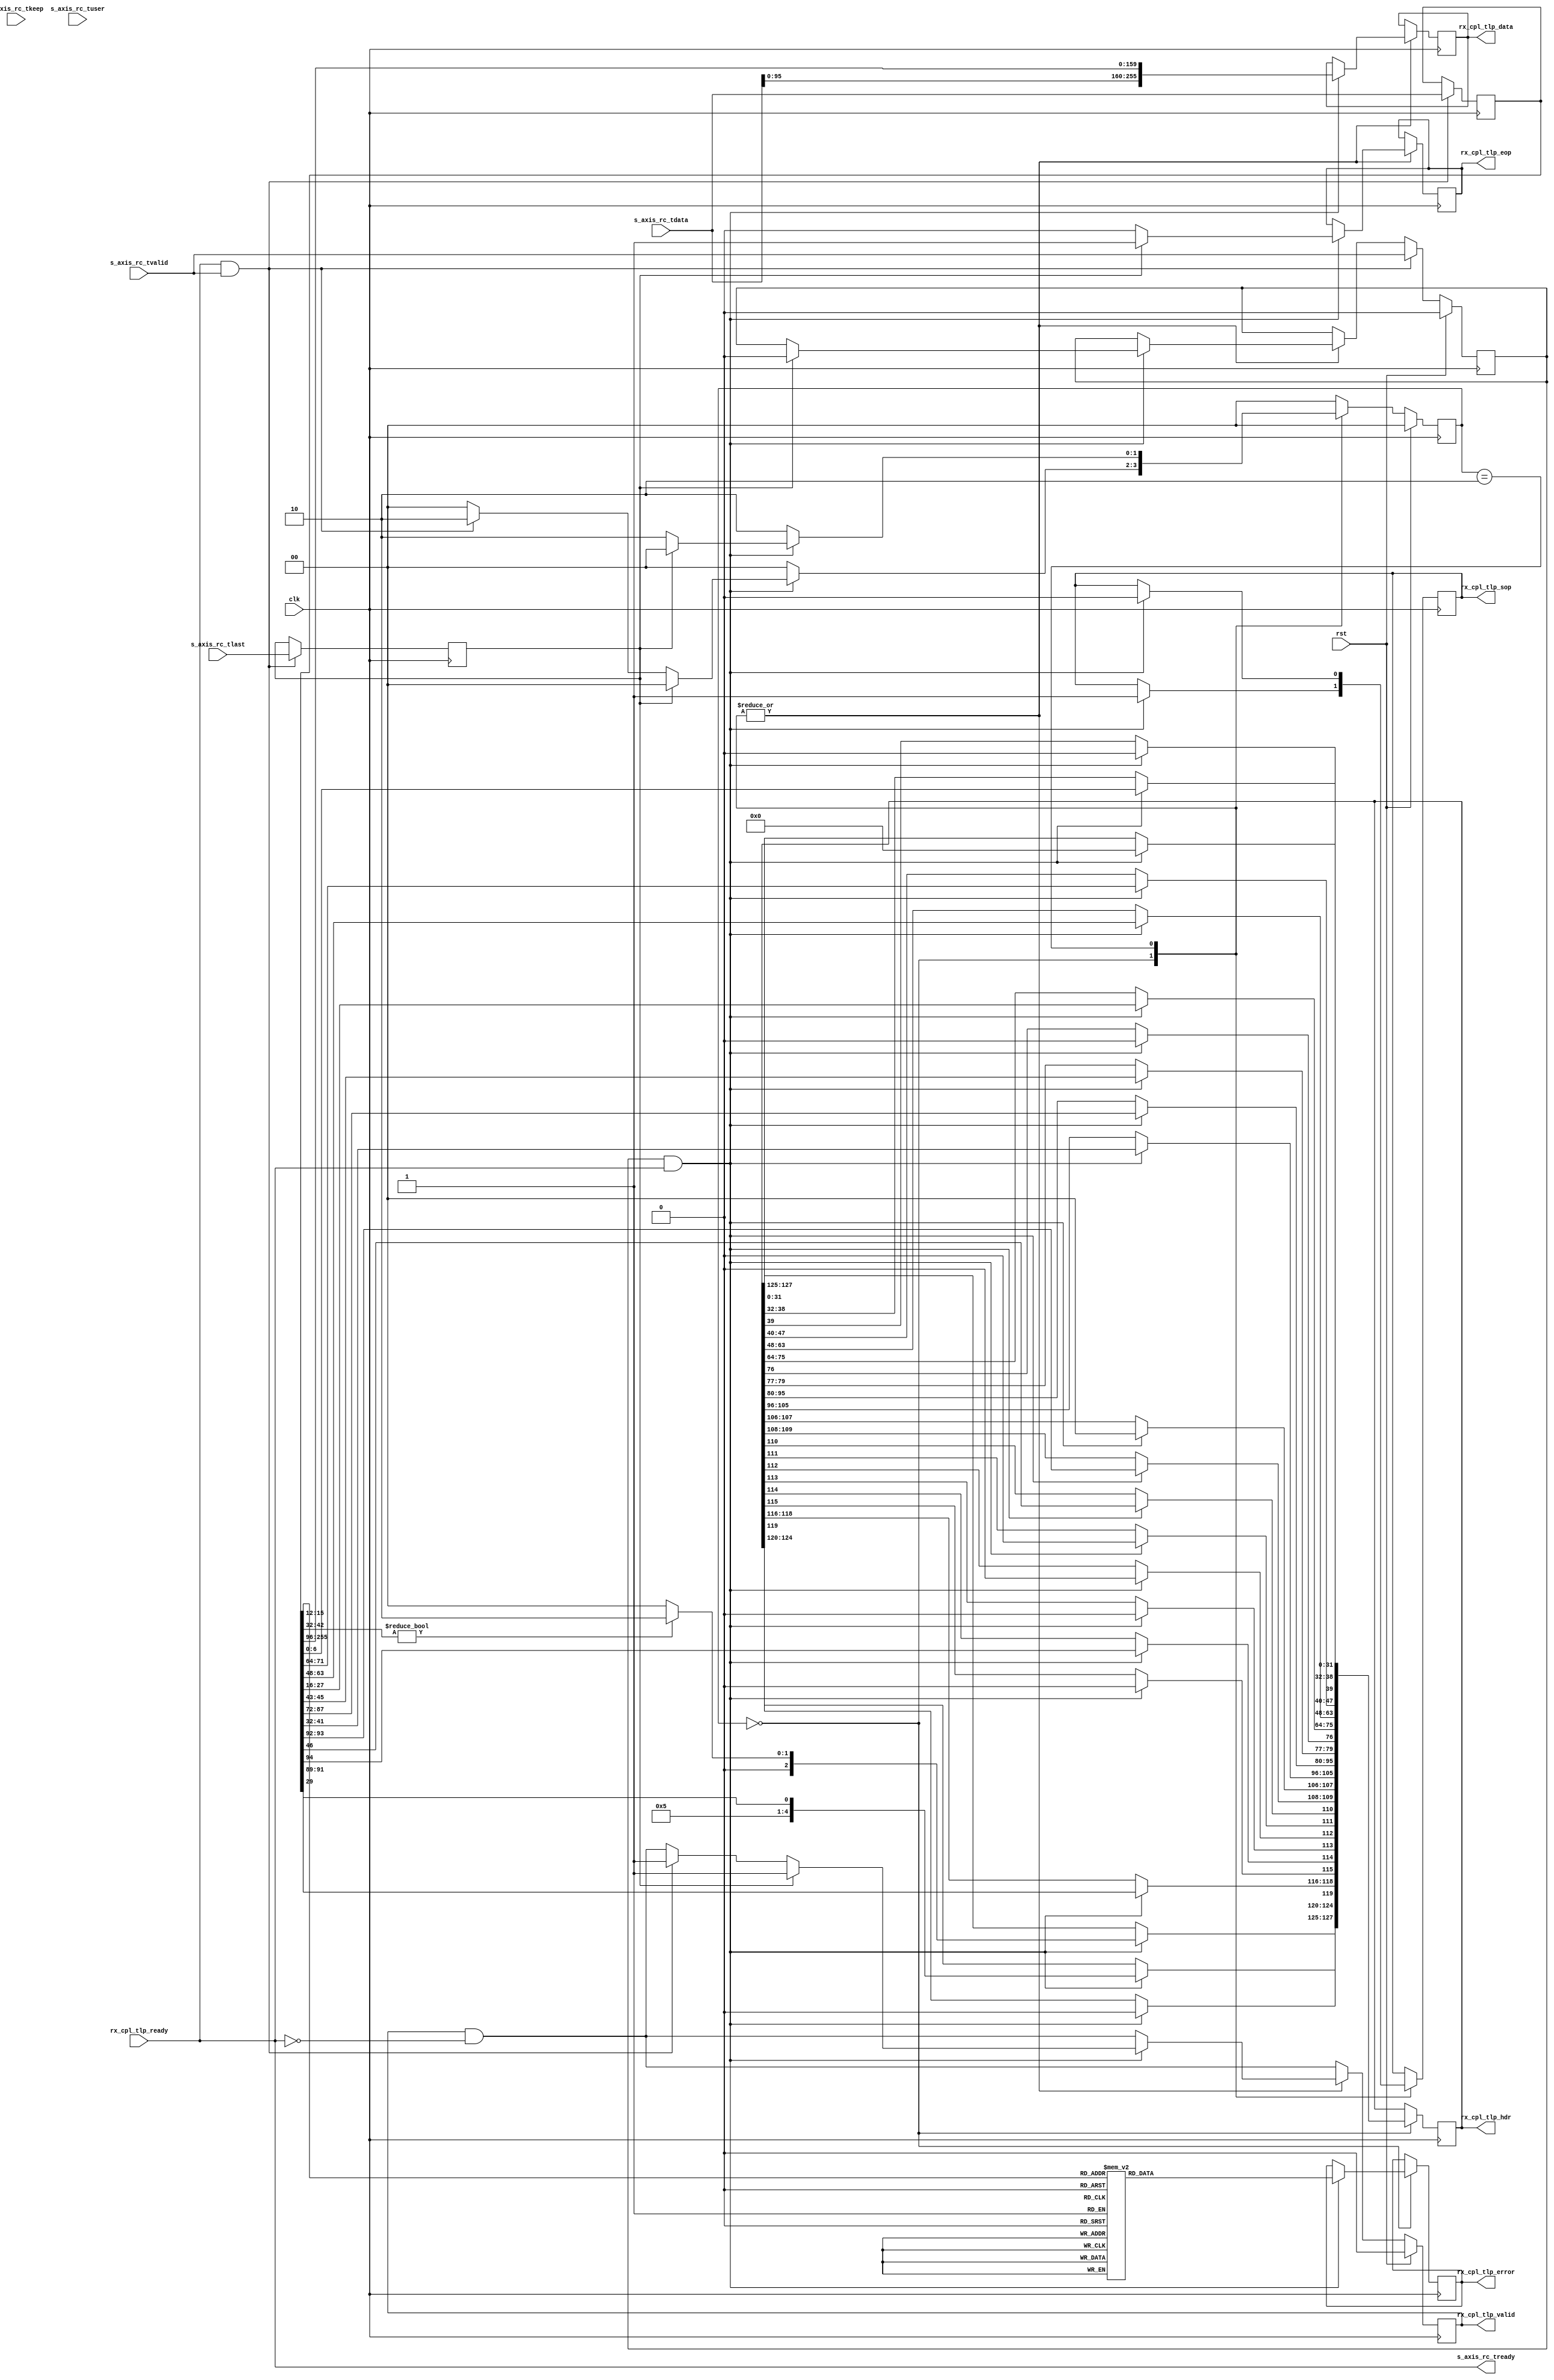
/*

Copyright (c) 2021 Alex Forencich

Permission is hereby granted, free of charge, to any person obtaining a copy
of this software and associated documentation files (the "Software"), to deal
in the Software without restriction, including without limitation the rights
to use, copy, modify, merge, publish, distribute, sublicense, and/or sell
copies of the Software, and to permit persons to whom the Software is
furnished to do so, subject to the following conditions:

The above copyright notice and this permission notice shall be included in
all copies or substantial portions of the Software.

THE SOFTWARE IS PROVIDED "AS IS", WITHOUT WARRANTY OF ANY KIND, EXPRESS OR
IMPLIED, INCLUDING BUT NOT LIMITED TO THE WARRANTIES OF MERCHANTABILITY
FITNESS FOR A PARTICULAR PURPOSE AND NONINFRINGEMENT. IN NO EVENT SHALL THE
AUTHORS OR COPYRIGHT HOLDERS BE LIABLE FOR ANY CLAIM, DAMAGES OR OTHER
LIABILITY, WHETHER IN AN ACTION OF CONTRACT, TORT OR OTHERWISE, ARISING FROM,
OUT OF OR IN CONNECTION WITH THE SOFTWARE OR THE USE OR OTHER DEALINGS IN
THE SOFTWARE.

*/

// Language: Verilog 2001

`resetall
`timescale 1ns / 1ps
`default_nettype none

/*
 * Xilinx UltraScale PCIe interface adapter (Requester Completion)
 */
module pcie_us_if_rc #
(
    // Width of PCIe AXI stream interfaces in bits
    parameter AXIS_PCIE_DATA_WIDTH = 256,
    // PCIe AXI stream tkeep signal width (words per cycle)
    parameter AXIS_PCIE_KEEP_WIDTH = (AXIS_PCIE_DATA_WIDTH/32),
    // PCIe AXI stream RC tuser signal width
    parameter AXIS_PCIE_RC_USER_WIDTH = AXIS_PCIE_DATA_WIDTH < 512 ? 75 : 161,
    // PCIe AXI stream RQ tuser signal width
    parameter AXIS_PCIE_RQ_USER_WIDTH = AXIS_PCIE_DATA_WIDTH < 512 ? 60 : 137,
    // TLP segment count
    parameter TLP_SEG_COUNT = 1,
    // TLP segment data width
    parameter TLP_SEG_DATA_WIDTH = AXIS_PCIE_DATA_WIDTH/TLP_SEG_COUNT,
    // TLP segment strobe width
    parameter TLP_SEG_STRB_WIDTH = TLP_SEG_DATA_WIDTH/32,
    // TLP segment header width
    parameter TLP_SEG_HDR_WIDTH = 128
)
(
    input  wire                                         clk,
    input  wire                                         rst,

    /*
     * AXI input (RC)
     */
    input  wire [AXIS_PCIE_DATA_WIDTH-1:0]              s_axis_rc_tdata,
    input  wire [AXIS_PCIE_KEEP_WIDTH-1:0]              s_axis_rc_tkeep,
    input  wire                                         s_axis_rc_tvalid,
    output wire                                         s_axis_rc_tready,
    input  wire                                         s_axis_rc_tlast,
    input  wire [AXIS_PCIE_RC_USER_WIDTH-1:0]           s_axis_rc_tuser,

    /*
     * TLP output (completion to DMA)
     */
    output wire [TLP_SEG_COUNT*TLP_SEG_DATA_WIDTH-1:0]  rx_cpl_tlp_data,
    output wire [TLP_SEG_COUNT*TLP_SEG_HDR_WIDTH-1:0]   rx_cpl_tlp_hdr,
    output wire [TLP_SEG_COUNT*4-1:0]                   rx_cpl_tlp_error,
    output wire [TLP_SEG_COUNT-1:0]                     rx_cpl_tlp_valid,
    output wire [TLP_SEG_COUNT-1:0]                     rx_cpl_tlp_sop,
    output wire [TLP_SEG_COUNT-1:0]                     rx_cpl_tlp_eop,
    input  wire                                         rx_cpl_tlp_ready
);

parameter TLP_DATA_WIDTH = TLP_SEG_COUNT*TLP_SEG_DATA_WIDTH;
parameter TLP_STRB_WIDTH = TLP_SEG_COUNT*TLP_SEG_STRB_WIDTH;
parameter TLP_DATA_WIDTH_BYTES = TLP_DATA_WIDTH/8;
parameter TLP_DATA_WIDTH_DWORDS = TLP_DATA_WIDTH/32;

parameter OUTPUT_FIFO_ADDR_WIDTH = 5;

// bus width assertions
initial begin
    if (AXIS_PCIE_DATA_WIDTH != 64 && AXIS_PCIE_DATA_WIDTH != 128 && AXIS_PCIE_DATA_WIDTH != 256 && AXIS_PCIE_DATA_WIDTH != 512) begin
        $error("Error: PCIe interface width must be 64, 128, 256, or 512 (instance %m)");
        $finish;
    end

    if (AXIS_PCIE_KEEP_WIDTH * 32 != AXIS_PCIE_DATA_WIDTH) begin
        $error("Error: PCIe interface requires dword (32-bit) granularity (instance %m)");
        $finish;
    end

    if (AXIS_PCIE_DATA_WIDTH == 512) begin
        if (AXIS_PCIE_RC_USER_WIDTH != 161) begin
            $error("Error: PCIe RC tuser width must be 161 (instance %m)");
            $finish;
        end
    end else begin
        if (AXIS_PCIE_RC_USER_WIDTH != 75) begin
            $error("Error: PCIe RC tuser width must be 75 (instance %m)");
            $finish;
        end
    end

    if (TLP_SEG_COUNT != 1) begin
        $error("Error: TLP segment count must be 1 (instance %m)");
        $finish;
    end

    if (TLP_SEG_COUNT*TLP_SEG_DATA_WIDTH != AXIS_PCIE_DATA_WIDTH) begin
        $error("Error: Interface widths must match (instance %m)");
        $finish;
    end

    if (TLP_SEG_HDR_WIDTH != 128) begin
        $error("Error: TLP segment header width must be 128 (instance %m)");
        $finish;
    end
end

localparam [2:0]
    TLP_FMT_3DW = 3'b000,
    TLP_FMT_4DW = 3'b001,
    TLP_FMT_3DW_DATA = 3'b010,
    TLP_FMT_4DW_DATA = 3'b011,
    TLP_FMT_PREFIX = 3'b100;

localparam [2:0]
    CPL_STATUS_SC  = 3'b000, // successful completion
    CPL_STATUS_UR  = 3'b001, // unsupported request
    CPL_STATUS_CRS = 3'b010, // configuration request retry status
    CPL_STATUS_CA  = 3'b100; // completer abort

localparam [3:0]
    RC_ERROR_NORMAL_TERMINATION = 4'b0000,
    RC_ERROR_POISONED = 4'b0001,
    RC_ERROR_BAD_STATUS = 4'b0010,
    RC_ERROR_INVALID_LENGTH = 4'b0011,
    RC_ERROR_MISMATCH = 4'b0100,
    RC_ERROR_INVALID_ADDRESS = 4'b0101,
    RC_ERROR_INVALID_TAG = 4'b0110,
    RC_ERROR_TIMEOUT = 4'b1001,
    RC_ERROR_FLR = 4'b1000;

localparam [3:0]
    PCIE_ERROR_NONE = 4'd0,
    PCIE_ERROR_POISONED = 4'd1,
    PCIE_ERROR_BAD_STATUS = 4'd2,
    PCIE_ERROR_MISMATCH = 4'd3,
    PCIE_ERROR_INVALID_LEN = 4'd4,
    PCIE_ERROR_INVALID_ADDR = 4'd5,
    PCIE_ERROR_INVALID_TAG = 4'd6,
    PCIE_ERROR_FLR = 4'd8,
    PCIE_ERROR_TIMEOUT = 4'd15;

reg [TLP_SEG_COUNT*TLP_SEG_DATA_WIDTH-1:0] rx_cpl_tlp_data_reg = 0, rx_cpl_tlp_data_next;
reg [TLP_SEG_COUNT*TLP_SEG_HDR_WIDTH-1:0] rx_cpl_tlp_hdr_reg = 0, rx_cpl_tlp_hdr_next;
reg [TLP_SEG_COUNT*4-1:0] rx_cpl_tlp_error_reg = 0, rx_cpl_tlp_error_next;
reg [TLP_SEG_COUNT-1:0] rx_cpl_tlp_valid_reg = 0, rx_cpl_tlp_valid_next;
reg [TLP_SEG_COUNT-1:0] rx_cpl_tlp_sop_reg = 0, rx_cpl_tlp_sop_next;
reg [TLP_SEG_COUNT-1:0] rx_cpl_tlp_eop_reg = 0, rx_cpl_tlp_eop_next;

assign rx_cpl_tlp_data = rx_cpl_tlp_data_reg;
assign rx_cpl_tlp_hdr = rx_cpl_tlp_hdr_reg;
assign rx_cpl_tlp_error = rx_cpl_tlp_error_reg;
assign rx_cpl_tlp_valid = rx_cpl_tlp_valid_reg;
assign rx_cpl_tlp_sop = rx_cpl_tlp_sop_reg;
assign rx_cpl_tlp_eop = rx_cpl_tlp_eop_reg;

localparam [1:0]
    TLP_INPUT_STATE_IDLE = 2'd0,
    TLP_INPUT_STATE_HEADER = 2'd1,
    TLP_INPUT_STATE_PAYLOAD = 2'd2;

reg [1:0] tlp_input_state_reg = TLP_INPUT_STATE_IDLE, tlp_input_state_next;

reg s_axis_rc_tready_cmb;

reg tlp_input_frame_reg = 1'b0, tlp_input_frame_next;

reg [AXIS_PCIE_DATA_WIDTH-1:0] rc_tdata_int_reg = {AXIS_PCIE_DATA_WIDTH{1'b0}}, rc_tdata_int_next;
reg rc_tvalid_int_reg = 1'b0, rc_tvalid_int_next;
reg rc_tlast_int_reg = 1'b0, rc_tlast_int_next;

wire [AXIS_PCIE_DATA_WIDTH*2-1:0] rc_tdata = {s_axis_rc_tdata, rc_tdata_int_reg};

assign s_axis_rc_tready = s_axis_rc_tready_cmb;

always @* begin
    tlp_input_state_next = TLP_INPUT_STATE_IDLE;

    rx_cpl_tlp_data_next = rx_cpl_tlp_data_reg;
    rx_cpl_tlp_hdr_next = rx_cpl_tlp_hdr_reg;
    rx_cpl_tlp_error_next = rx_cpl_tlp_error_reg;
    rx_cpl_tlp_valid_next = rx_cpl_tlp_valid_reg && !rx_cpl_tlp_ready;
    rx_cpl_tlp_sop_next = rx_cpl_tlp_sop_reg;
    rx_cpl_tlp_eop_next = rx_cpl_tlp_eop_reg;

    s_axis_rc_tready_cmb = rx_cpl_tlp_ready;

    tlp_input_frame_next = tlp_input_frame_reg;

    rc_tdata_int_next = rc_tdata_int_reg;
    rc_tvalid_int_next = rc_tvalid_int_reg;
    rc_tlast_int_next = rc_tlast_int_reg;

    case (tlp_input_state_reg)
        TLP_INPUT_STATE_IDLE: begin
            s_axis_rc_tready_cmb = rx_cpl_tlp_ready;

            if (rc_tvalid_int_reg && rx_cpl_tlp_ready) begin
                // DW 0
                if (rc_tdata[42:32] != 0) begin
                    rx_cpl_tlp_hdr_next[127:125] = TLP_FMT_3DW_DATA; // fmt - 3DW with data
                end else begin
                    rx_cpl_tlp_hdr_next[127:125] = TLP_FMT_3DW; // fmt - 3DW without data
                end
                rx_cpl_tlp_hdr_next[124:120] = {4'b0101, rc_tdata[29]}; // type - completion
                rx_cpl_tlp_hdr_next[119] = 1'b0; // T9
                rx_cpl_tlp_hdr_next[118:116] = rc_tdata[91:89]; // TC
                rx_cpl_tlp_hdr_next[115] = 1'b0; // T8
                rx_cpl_tlp_hdr_next[114] = rc_tdata[94]; // attr
                rx_cpl_tlp_hdr_next[113] = 1'b0; // LN
                rx_cpl_tlp_hdr_next[112] = 1'b0; // TH
                rx_cpl_tlp_hdr_next[111] = 1'b0; // TD
                rx_cpl_tlp_hdr_next[110] = rc_tdata[46]; // EP
                rx_cpl_tlp_hdr_next[109:108] = rc_tdata[93:92]; // attr
                rx_cpl_tlp_hdr_next[107:106] = 2'b00; // AT
                rx_cpl_tlp_hdr_next[105:96] = rc_tdata[42:32]; // length
                // DW 1
                rx_cpl_tlp_hdr_next[95:80] = rc_tdata[87:72]; // completer ID
                rx_cpl_tlp_hdr_next[79:77] = rc_tdata[45:43]; // completion status
                rx_cpl_tlp_hdr_next[76] = 1'b0; // BCM
                rx_cpl_tlp_hdr_next[75:64] = rc_tdata[28:16]; // byte count
                // DW 2
                rx_cpl_tlp_hdr_next[63:48] = rc_tdata[63:48]; // requester ID
                rx_cpl_tlp_hdr_next[47:40] = rc_tdata[71:64]; // tag
                rx_cpl_tlp_hdr_next[39] = 1'b0;
                rx_cpl_tlp_hdr_next[38:32] = rc_tdata[6:0]; // lower address
                // DW 3
                rx_cpl_tlp_hdr_next[31:0] = 32'd0;

                // error code
                case (rc_tdata[15:12])
                    RC_ERROR_NORMAL_TERMINATION: rx_cpl_tlp_error_next = PCIE_ERROR_NONE;
                    RC_ERROR_POISONED:           rx_cpl_tlp_error_next = PCIE_ERROR_POISONED;
                    RC_ERROR_BAD_STATUS:         rx_cpl_tlp_error_next = PCIE_ERROR_BAD_STATUS;
                    RC_ERROR_INVALID_LENGTH:     rx_cpl_tlp_error_next = PCIE_ERROR_INVALID_LEN;
                    RC_ERROR_MISMATCH:           rx_cpl_tlp_error_next = PCIE_ERROR_MISMATCH;
                    RC_ERROR_INVALID_ADDRESS:    rx_cpl_tlp_error_next = PCIE_ERROR_INVALID_ADDR;
                    RC_ERROR_INVALID_TAG:        rx_cpl_tlp_error_next = PCIE_ERROR_INVALID_TAG;
                    RC_ERROR_FLR:                rx_cpl_tlp_error_next = PCIE_ERROR_FLR;
                    RC_ERROR_TIMEOUT:            rx_cpl_tlp_error_next = PCIE_ERROR_TIMEOUT;
                    default:                     rx_cpl_tlp_error_next = PCIE_ERROR_NONE;
                endcase

                if (AXIS_PCIE_DATA_WIDTH > 64) begin
                    rx_cpl_tlp_data_next = rc_tdata[AXIS_PCIE_DATA_WIDTH+96-1:96];
                    rx_cpl_tlp_sop_next = 1'b1;
                    rx_cpl_tlp_eop_next = 1'b0;

                    tlp_input_frame_next = 1'b1;

                    if (rc_tlast_int_reg) begin
                        rx_cpl_tlp_valid_next = 1'b1;
                        rx_cpl_tlp_eop_next = 1'b1;
                        rc_tvalid_int_next = 1'b0;
                        tlp_input_frame_next = 1'b0;
                        tlp_input_state_next = TLP_INPUT_STATE_IDLE;
                    end else if (s_axis_rc_tready && s_axis_rc_tvalid) begin
                        rx_cpl_tlp_valid_next = 1'b1;
                        tlp_input_state_next = TLP_INPUT_STATE_PAYLOAD;
                    end else begin
                        tlp_input_state_next = TLP_INPUT_STATE_IDLE;
                    end
                end else begin
                    if (rc_tlast_int_reg) begin
                        rc_tvalid_int_next = 1'b0;
                        tlp_input_frame_next = 1'b0;
                        tlp_input_state_next = TLP_INPUT_STATE_IDLE;
                    end else if (s_axis_rc_tready && s_axis_rc_tvalid) begin
                        tlp_input_state_next = TLP_INPUT_STATE_PAYLOAD;
                    end else begin
                        tlp_input_state_next = TLP_INPUT_STATE_IDLE;
                    end
                end
            end else begin
                tlp_input_state_next = TLP_INPUT_STATE_IDLE;
            end
        end
        TLP_INPUT_STATE_PAYLOAD: begin
            s_axis_rc_tready_cmb = rx_cpl_tlp_ready;

            if (rc_tvalid_int_reg && rx_cpl_tlp_ready) begin

                if (AXIS_PCIE_DATA_WIDTH > 64) begin
                    rx_cpl_tlp_data_next = rc_tdata[AXIS_PCIE_DATA_WIDTH+96-1:96];
                    rx_cpl_tlp_sop_next = 1'b0;
                end else begin
                    rx_cpl_tlp_data_next = rc_tdata[AXIS_PCIE_DATA_WIDTH+32-1:32];
                    rx_cpl_tlp_sop_next = !tlp_input_frame_reg;
                end
                rx_cpl_tlp_eop_next = 1'b0;

                if (rc_tlast_int_reg) begin
                    rx_cpl_tlp_valid_next = 1'b1;
                    rx_cpl_tlp_eop_next = 1'b1;
                    rc_tvalid_int_next = 1'b0;
                    tlp_input_frame_next = 1'b0;
                    tlp_input_state_next = TLP_INPUT_STATE_IDLE;
                end else if (s_axis_rc_tready && s_axis_rc_tvalid) begin
                    rx_cpl_tlp_valid_next = 1'b1;
                    tlp_input_frame_next = 1'b1;
                    tlp_input_state_next = TLP_INPUT_STATE_PAYLOAD;
                end else begin
                    tlp_input_state_next = TLP_INPUT_STATE_PAYLOAD;
                end
            end else begin
                tlp_input_state_next = TLP_INPUT_STATE_PAYLOAD;
            end
        end
    endcase

    if (s_axis_rc_tready && s_axis_rc_tvalid) begin
        rc_tdata_int_next = s_axis_rc_tdata;
        rc_tvalid_int_next = s_axis_rc_tvalid;
        rc_tlast_int_next = s_axis_rc_tlast;
    end
end

always @(posedge clk) begin
    tlp_input_state_reg <= tlp_input_state_next;

    rx_cpl_tlp_data_reg <= rx_cpl_tlp_data_next;
    rx_cpl_tlp_hdr_reg <= rx_cpl_tlp_hdr_next;
    rx_cpl_tlp_error_reg <= rx_cpl_tlp_error_next;
    rx_cpl_tlp_valid_reg <= rx_cpl_tlp_valid_next;
    rx_cpl_tlp_sop_reg <= rx_cpl_tlp_sop_next;
    rx_cpl_tlp_eop_reg <= rx_cpl_tlp_eop_next;

    tlp_input_frame_reg <= tlp_input_frame_next;

    rc_tdata_int_reg <= rc_tdata_int_next;
    rc_tvalid_int_reg <= rc_tvalid_int_next;
    rc_tlast_int_reg <= rc_tlast_int_next;

    if (rst) begin
        tlp_input_state_reg <= TLP_INPUT_STATE_IDLE;

        rx_cpl_tlp_valid_reg <= 0;

        rc_tvalid_int_reg <= 1'b0;
    end
end

endmodule

`resetall